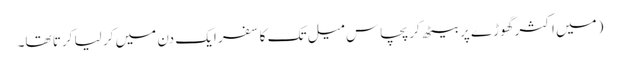
(میں اکثر گھوڑے پر بیٹھ کر پچاس میل تک کا سفر ایک دن میں کر لیا کرتا تھا۔